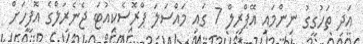
އަދި ތަހުގީގު ނިންމައި އޭޕްރީލް 7 ގައި މައްސަލަ ޕްރޮސެކިއުޓަ ޖެނެރަލްގެ އޮފީހަށް